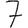
Digit: 7